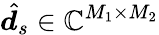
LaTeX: \hat{\boldsymbol{d}}_{s}\in\mathbb{C}^{M_{1}\times M_{2}}